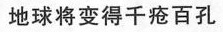
地球将变得千疮百孔